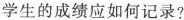
学生的成绩应如何记录?